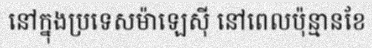
នៅក្នុងប្រទេសម៉ាឡេស៊ី នៅពេលប៉ុន្មានខែ